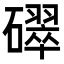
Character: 𥖮